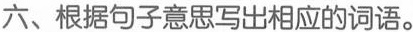
六、根据句子意思写出相应的词语。